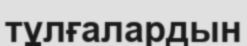
тұлғалардын